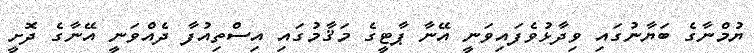
ޔުމްނާގެ ބަޔާނުގައި ވިދާޅުވެފައިވަނީ އޭނާ ޕާޓީގެ މަޤާމުގައި އިސްތިއުފާ ދެއްވަނީ އޭނާގެ ދޮށީ